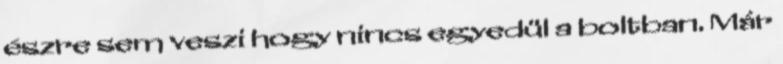
észre sem veszi hogy nincs egyedül a boltban. Már